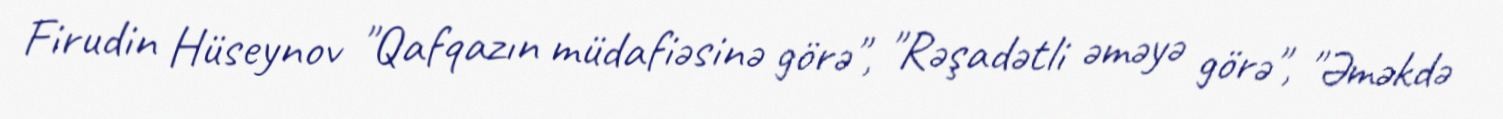
Firudin Hüseynov "Qafqazın müdafiəsinə görə", "Rəşadətli əməyə görə", "Əməkdə